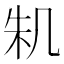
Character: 𠙎